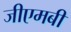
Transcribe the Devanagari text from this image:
जीएमबी